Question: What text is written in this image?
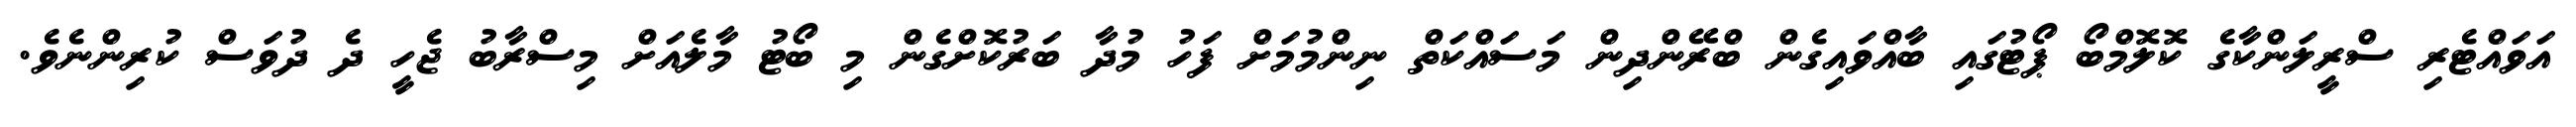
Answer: އަވައްޓެރި ސްރީލަންކާގެ ކޮލޮމްބޯ ޕޯޓުގައި ބާއްވައިގެން ބްރޭންދިން މަސައްކަތް ނިންމުމަށް ފަހު މުދާ ބަރުކޮށްގެން މި ބޯޓު މާލެއަށް މިސްރާބު ޖެހީ ދެ ދުވަސް ކުރިންނެވެ.